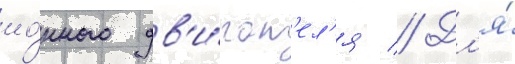
ио́нного дв'и́гат'ел'я // Дл'я́